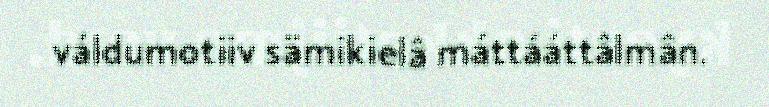
váldumotiiv sämikielâ máttááttâlmân.